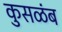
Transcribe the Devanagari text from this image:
कुसळंब